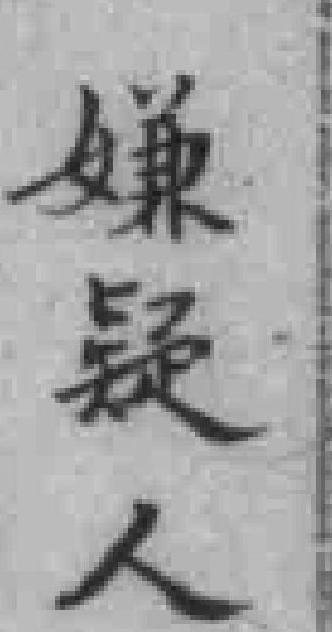
嫌疑人